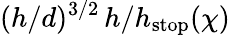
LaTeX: (h/d)^{3/2}\, h/h_{\mathrm{{stop}}}(\chi)